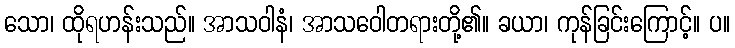
သော၊ ထိုရဟန်းသည်။ အာသဝါနံ၊ အာသဝေါတရားတို့၏။ ခယာ၊ ကုန်ခြင်းကြောင့်။ ပ။